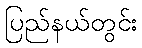
ပြည်နယ်တွင်း